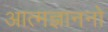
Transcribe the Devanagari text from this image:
आत्मज्ञाननो